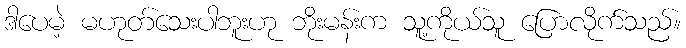
ဒါပေမဲ့ မဟုတ်သေးပါဘူးဟု ဘိုးမန်းက သူ့ကိုယ်သူ ပြောလိုက်သည်။